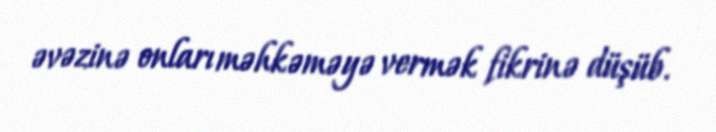
əvəzinə onları məhkəməyə vermək fikrinə düşüb.